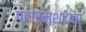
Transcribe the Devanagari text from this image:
परार्मशदाता